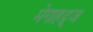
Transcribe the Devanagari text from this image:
मेगाहट्र्ज